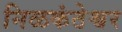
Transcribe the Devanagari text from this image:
निळकंठेश्वर